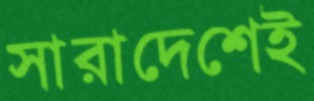
সারাদেশেই